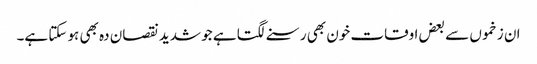
ان زخموں سے بعض اوقات خون بھی رسنے لگتا ہے جو شدید نقصان دہ بھی ہو سکتا ہے۔